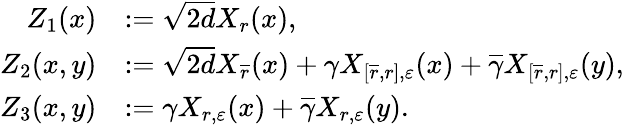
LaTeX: \begin{array}{rl}{Z_{1}(x)}&{:=\sqrt{2d}X_{r}(x),}\\ {Z_{2}(x,y)}&{:=\sqrt{2d}X_{\overline{r}}(x)+\gamma X_{[\overline{r},r],\varepsilon}(x)+\overline{\gamma}X_{[\overline{r},r],\varepsilon}(y),}\\ {Z_{3}(x,y)}&{:=\gamma X_{r,\varepsilon}(x)+\overline{\gamma}X_{r,\varepsilon}(y).}\end{array}